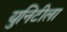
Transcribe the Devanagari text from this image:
युनिटीला